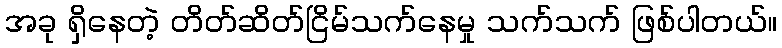
အခု ရှိနေတဲ့ တိတ်ဆိတ်ငြိမ်သက်နေမှု သက်သက် ဖြစ်ပါတယ်။